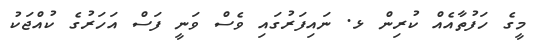
މީގެ ހަފުތާއެއް ކުރިން ޅ. ނައިފަރުގައި ވެސް ވަނީ ފަސް އަހަރުގެ ކުއްޖަކު